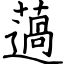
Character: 薖